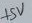
Text: +5V